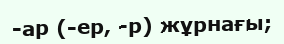
-ар (-ер, -р) жұрнағы;